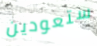
ستعودين